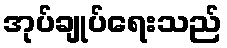
အုပ်ချုပ်ရေးသည်